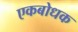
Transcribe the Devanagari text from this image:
एकबोधक